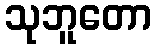
သုဘူတော